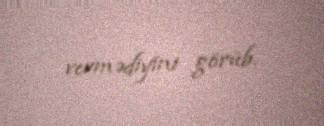
vermədiyini görüb.